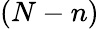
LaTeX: (N-n)